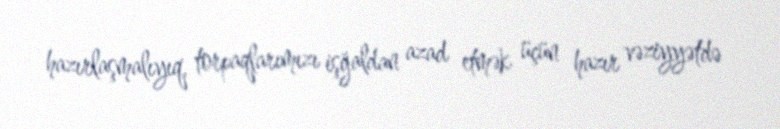
hazırlaşmalıyıq, torpaqlarımızı işğaldan azad etmək üçün hazır vəziyyətdə